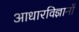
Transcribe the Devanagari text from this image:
आधारविज्ञानों